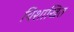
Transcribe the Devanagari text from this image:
विशाखित